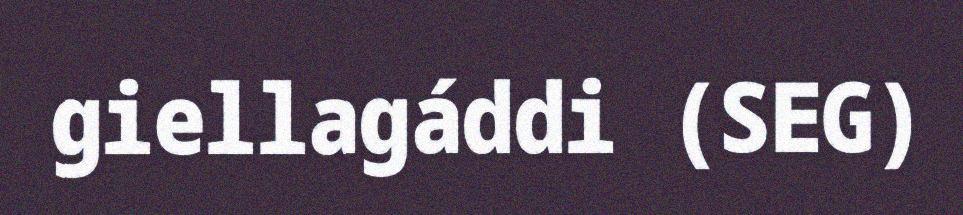
giellagáddi (SEG)